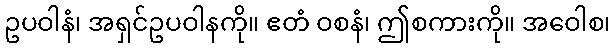
ဥပဝါနံ၊ အရှင်ဥပဝါနကို။ ဧတံ ဝစနံ၊ ဤစကားကို။ အဝေါစ၊